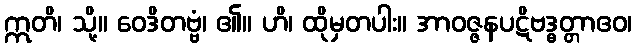
ဣတိ၊ သို့။ ဝေဒိတဗ္ဗံ၊ ၏။ ဟိ၊ ထိုမှတပါး။ အာဝဇ္ဇနပဋိဗဒ္ဓတ္တာဧဝ၊